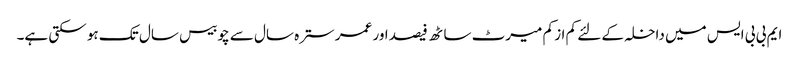
ایم بی بی ایس میں داخلہ کے لئے کم از کم میرٹ ساٹھ فیصد اور عمر سترہ سال سے چوبیس سال تک ہو سکتی ہے۔